Civil Veterinary Dept. Bombay admin report 1907-1913 - 1907-1913
Year: 1907
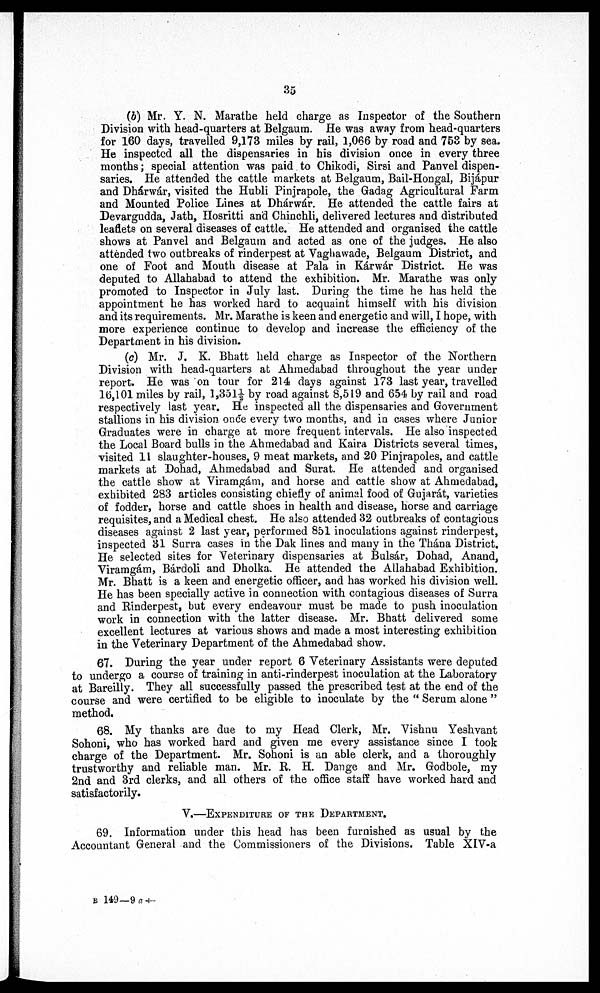
35
(b) Mr. Y. N. Marathe held charge as Inspector of the Southern
Division with head-quarters at Belgaum. He was away from head-quarters
for 160 days, travelled 9,173 miles by rail, 1,066 by road and 753 by sea.
He inspected all the dispensaries in his division once in every three
months; special attention was paid to Chikodi, Sirsi and Panvel dispen-
saries. He attended the cattle markets at Belgaum, Bail-Hongal, Bijápur
and Dhárwár, visited the Hubli Pinjrapole, the Gadag Agricultural Farm
and Mounted Police Lines at Dhárwár. He attended the cattle fairs at
Devargudda, Jath, Hosritti and Chinchli, delivered lectures and distributed
leaflets on several diseases of cattle. He attended and organised the cattle
shows at Panvel and Belgaum and acted as one of the judges. He also
attended two outbreaks of rinderpest at Vaghawade, Belgaum District, and
one of Foot and Mouth disease at Pala in Kárwár District. He was
deputed to Allahabad to attend the exhibition. Mr. Marathe was only
promoted to Inspector in July last. During the time he has held the
appointment he has worked hard to acquaint himself with his division
and its requirements. Mr. Marathe is keen and energetic and will, I hope, with
more experience continue to develop and increase the efficiency of the
Department in his division.
(c) Mr. J. K. Bhatt held charge as Inspector of the Northern
Division with head-quarters at Ahmedabad throughout the year under
report. He was on tour for 214 days against 173 last year, travelled
16,101 miles by rail, 1,351½ by road against 8,519 and 654 by rail and road
respectively last year. He inspected all the dispensaries and Government
stallions in his division once every two months, and in cases where Junior
Graduates were in charge at more frequent intervals. He also inspected
the Local Board bulls in the Ahmedabad and Kaira Districts several times,
visited 11 slaughter-houses, 9 meat markets, and 20 Pinjrapoles, and cattle
markets at Dohad, Ahmedabad and Surat. He attended and organised
the cattle show at Viramgám, and horse and cattle show at Ahmedabad,
exhibited 283 articles consisting chiefly of animal food of Gujarat, varieties
of fodder, horse and cattle shoes in health and disease, horse and carriage
requisites, and a Medical chest. He also attended 32 outbreaks of contagious
diseases against 2 last year, performed 851 inoculations against rinderpest,
inspected 31 Surra cases in the Dak lines and many in the Thána District.
He selected sites for Veterinary dispensaries at Bulsár, Dohad, Anand,
Viramgám, Bárdoli and Dholka. He attended the Allahabad Exhibition.
Mr. Bhatt is a keen and energetic officer, and has worked his division well.
He has been specially active in connection with contagious diseases of Surra
and Rinderpest, but every endeavour must be made to push inoculation
work in connection with the latter disease. Mr. Bhatt delivered some
excellent lectures at various shows and made a most interesting exhibition
in the Veterinary Department of the Ahmedabad show.
67. During the year under report 6 Veterinary Assistants were deputed
to undergo a course of training in anti-rinderpest inoculation at the Laboratory
at Bareilly. They all successfully passed the prescribed test at the end of the
course and were certified to be eligible to inoculate by the " Serum alone "
method.
68. My thanks are due to my Head Clerk, Mr. Vishnu Yeshvant
Sohoni, who has worked hard and given me every assistance since I took
charge of the Department. Mr. Sohoni is an able clerk, and a thoroughly
trustworthy and reliable man. Mr. R. H. Dange and Mr. Godbole, my
2nd and 3rd clerks, and all others of the office staff have worked hard and
satisfactorily.
V.—EXPENDITURE OF THE DEPARTMENT.
69. Information under this head has been furnished as usual by the
Accountant General and the Commissioners of the Divisions. Table XIV-a
B 149—9 a †